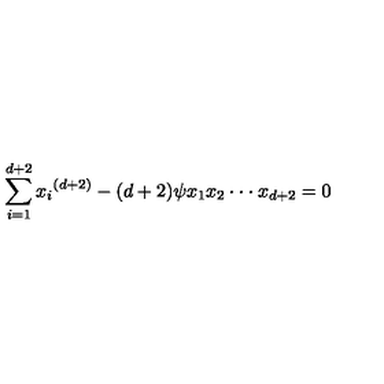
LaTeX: \sum _ { i = 1 } ^ { d + 2 } { x _ { i } } ^ { ( d + 2 ) } - ( d + 2 ) \psi { x _ { 1 } x _ { 2 } \cdot \cdot \cdot x _ { d + 2 } } = 0